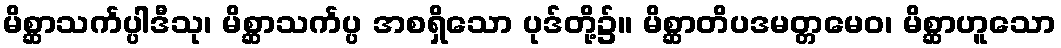
မိစ္ဆာသင်္ကပ္ပါဒီသု၊ မိစ္ဆာသင်္ကပ္ပ အစရှိသော ပုဒ်တို့၌။ မိစ္ဆာတိပဒမတ္တမေဝ၊ မိစ္ဆာဟူသော